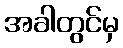
အခါတွင်မှ